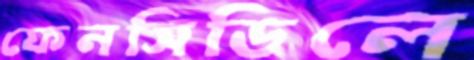
ফেনসিডিলে